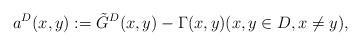
LaTeX: \begin{align*}a^{D}(x,y):=\tilde{G}^{D}(x,y)-\Gamma(x,y)(x,y\in D,x\neq y),\end{align*}